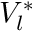
V _ { l } ^ { * }